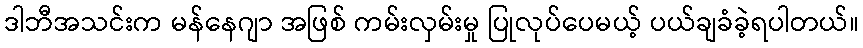
ဒါဘီအသင်းက မန်နေဂျာ အဖြစ် ကမ်းလှမ်းမှု ပြုလုပ်ပေမယ့် ပယ်ချခံခဲ့ရပါတယ်။